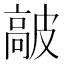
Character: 𩫋